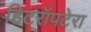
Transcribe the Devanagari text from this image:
हिटरॉपटेरा